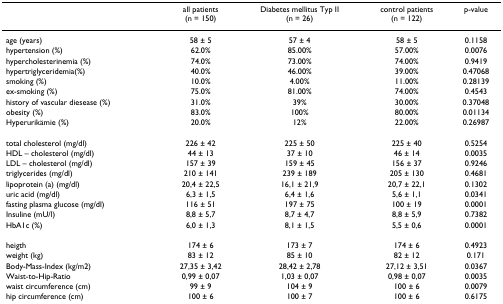
<table><thead><tr><td></td><td><b>all patients(n = 150)</b></td><td><b>Diabetes mellitus Typ II(n = 26)</b></td><td><b>control patients(n = 122)</b></td><td><b>p-value</b></td></tr></thead><tbody><tr><td>age (years)</td><td>58 ± 5</td><td>57 ± 4</td><td>58 ± 5</td><td>0.1158</td></tr><tr><td>hypertension (%)</td><td>62.0%</td><td>85.00%</td><td>57.00%</td><td>0.0076</td></tr><tr><td>hypercholesterinemia (%)</td><td>74.0%</td><td>73.00%</td><td>74.00%</td><td>0.9419</td></tr><tr><td>hypertriglyceridemia(%)</td><td>40.0%</td><td>46.00%</td><td>39.00%</td><td>0.47068</td></tr><tr><td>smoking (%)</td><td>10.0%</td><td>4.00%</td><td>11.00%</td><td>0.28139</td></tr><tr><td>ex-smoking (%)</td><td>75.0%</td><td>81.00%</td><td>74.00%</td><td>0.4543</td></tr><tr><td>history of vascular diesease (%)</td><td>31.0%</td><td>39%</td><td>30.00%</td><td>0.37048</td></tr><tr><td>obesity (%)</td><td>83.0%</td><td>100%</td><td>80.00%</td><td>0.01134</td></tr><tr><td>Hyperurikämie (%)</td><td>20.0%</td><td>12%</td><td>22.00%</td><td>0.26987</td></tr><tr><td>total cholesterol (mg/dl)</td><td>226 ± 42</td><td>225 ± 50</td><td>225 ± 40</td><td>0.5254</td></tr><tr><td>HDL – cholesterol (mg/dl)</td><td>44 ± 13</td><td>37 ± 10</td><td>46 ± 14</td><td>0.0035</td></tr><tr><td>LDL – cholesterol (mg/dl)</td><td>157 ± 39</td><td>159 ± 45</td><td>156 ± 37</td><td>0.9246</td></tr><tr><td>triglycerides (mg/dl)</td><td>210 ± 141</td><td>239 ± 189</td><td>205 ± 130</td><td>0.4681</td></tr><tr><td>lipoprotein (a) (mg/dl)</td><td>20,4 ± 22,5</td><td>16,1 ± 21,9</td><td>20,7 ± 22,1</td><td>0.1302</td></tr><tr><td>uric acid (mg/dl)</td><td>6,3 ± 1,5</td><td>6,4 ± 1,6</td><td>5,6 ± 1,1</td><td>0.0341</td></tr><tr><td>fasting plasma glucose (mg/dl)</td><td>116 ± 51</td><td>197 ± 75</td><td>100 ± 19</td><td>0.0001</td></tr><tr><td>Insuline (mU/l)</td><td>8,8 ± 5,7</td><td>8,7 ± 4,7</td><td>8,8 ± 5,9</td><td>0.7382</td></tr><tr><td>HbA1c (%)</td><td>6,0 ± 1,3</td><td>8,1 ± 1,5</td><td>5,5 ± 0,6</td><td>0.0001</td></tr><tr><td>heigth</td><td>174 ± 6</td><td>173 ± 7</td><td>174 ± 6</td><td>0.4923</td></tr><tr><td>weight (kg)</td><td>83 ± 12</td><td>85 ± 10</td><td>82 ± 12</td><td>0.171</td></tr><tr><td>Body-Mass-Index (kg/m2)</td><td>27,35 ± 3,42</td><td>28,42 ± 2,78</td><td>27,12 ± 3,51</td><td>0.0367</td></tr><tr><td>Waist-to-Hip-Ratio</td><td>0,99 ± 0,07</td><td>1,03 ± 0,07</td><td>0,98 ± 0,07</td><td>0.0035</td></tr><tr><td>waist circumference (cm)</td><td>99 ± 9</td><td>104 ± 9</td><td>100 ± 6</td><td>0.0079</td></tr><tr><td>hip circumference (cm)</td><td>100 ± 6</td><td>100 ± 7</td><td>100 ± 6</td><td>0.6175</td></tr></tbody></table>